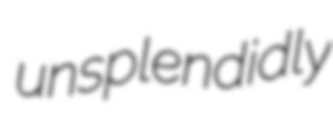
unsplendidly